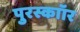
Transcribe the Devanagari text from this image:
पुरस्काॉर